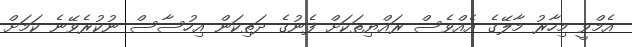
އެމްވީ މިހާރު މާލޭގެ އެއްވެސް ރައްޔިތަކަށް ފެނުގެ ދަތިކަން އިހުސާސް ނުކުރެވޭނެ ކަމަށް